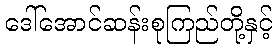
ဒေါ်အောင်ဆန်းစုကြည်တို့နှင့်